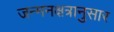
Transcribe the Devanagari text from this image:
जन्मनक्षत्रानुसार